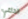
الداعي